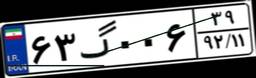
۶۳گ۰۰۶۳۹